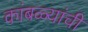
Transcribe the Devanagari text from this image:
कांबळ्यांची